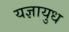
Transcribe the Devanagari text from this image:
यज्ञायुध